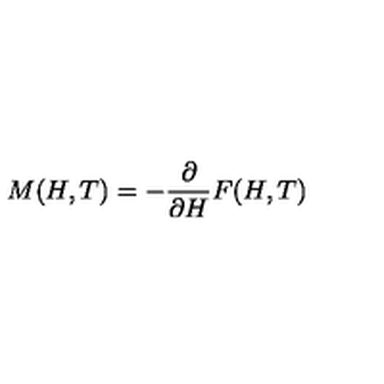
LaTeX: M ( H , T ) = - \frac { \partial } { \partial H } F ( H , T )